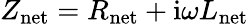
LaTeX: Z_{\mathrm{net}}=R_{\mathrm{net}}+\mathrm{i}\omega L_{\mathrm{net}}